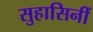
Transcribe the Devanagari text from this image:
सुहासिनीं